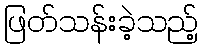
ဖြတ်သန်းခဲ့သည့်